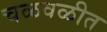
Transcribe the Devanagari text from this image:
चळवळीत